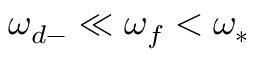
\omega _ { d - } \ll \omega _ { f } < \omega _ { * }